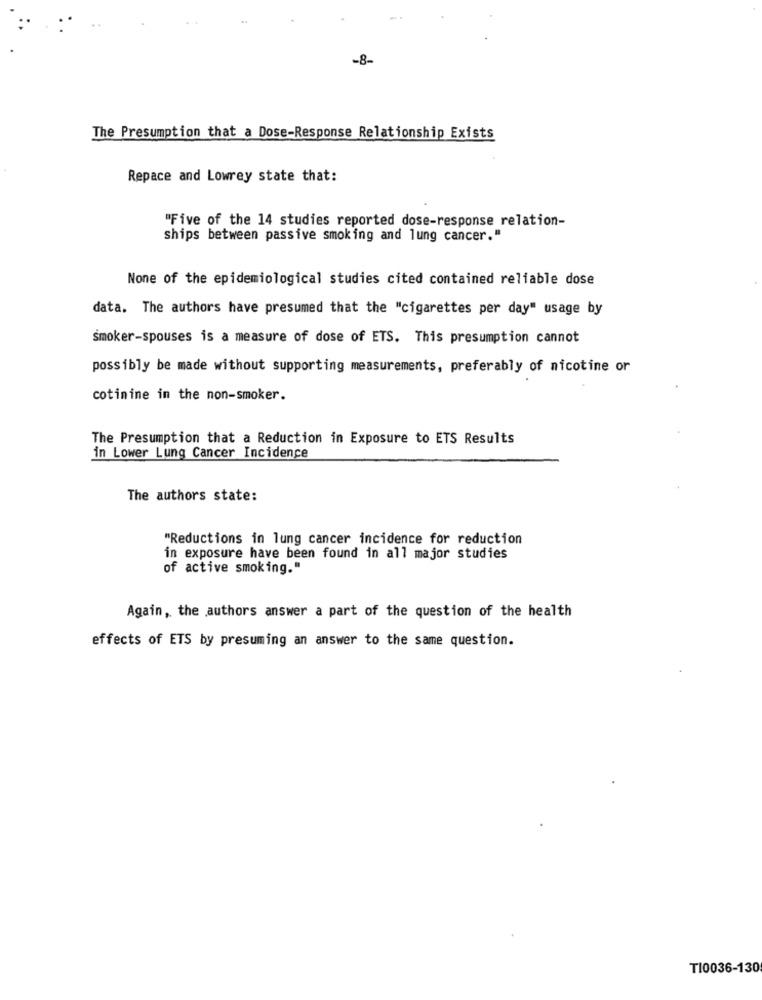
-8-
The Presumption that a Dose-Response Relationship Exists
Repace and Lowrey state that:
"Five of the 14 studies reported dose-response relation-
ships between passive smoking and lung cancer."
None of the epidemiological studies cited contained reliable dose
data. The authors have presumed that the "cigarettes per day" usage by
smoker-spouses is a measure of dose of ETS. This presumption cannot
possibly be made without supporting measurements, preferably of nicotine or
cotinine in the non-smoker.
The Presumption that a Reduction in Exposure to ETS Results
in Lower Lung Cancer Incidence
The authors state:
"Reductions in lung cancer incidence for reduction
in exposure have been found in all major studies
of active smoking."
Again, the authors answer a part of the question of the health
effects of ETS by presuming an answer to the same question.
T10036-130